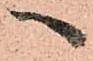
へ